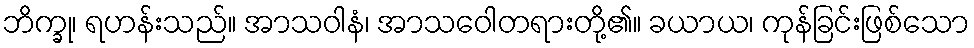
ဘိက္ခု၊ ရဟန်းသည်။ အာသဝါနံ၊ အာသဝေါတရားတို့၏။ ခယာယ၊ ကုန်ခြင်းဖြစ်သော